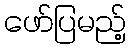
ဖော်ပြမည့်